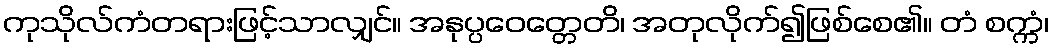
ကုသိုလ်ကံတရားဖြင့်သာလျှင်။ အနုပ္ပဝေတ္တေတိ၊ အတုလိုက်၍ဖြစ်စေ၏။ တံ စက္ကံ၊